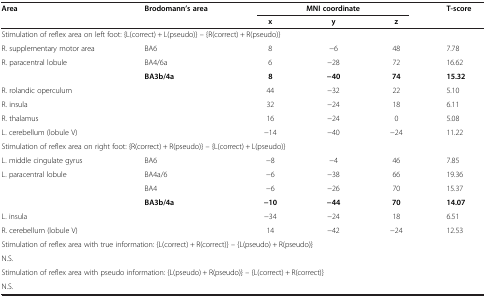
| Area | Brodomann’s area | <COLSPAN=3> MNI coordinate | T-score |
 |  |  | x | y | z |  |
 | --- | --- | --- | --- | --- | --- |
 | <COLSPAN=6> Stimulation of reflex area on left foot: {L(correct) + L(pseudo)} – {R(correct) + R(pseudo)} |
 | R. supplementary motor area | BA6 | 8 | -6 | 48 | 7.78 |
 | R. paracentral lobule | BA4/6a | 6 | -28 | 72 | 16.62 |
 |  | BA3b/4a | 8 | -40 | 74 | 15.32 |
 | R. rolandic operculum |  | 44 | -32 | 22 | 5.10 |
 | R. insula |  | 32 | -24 | 18 | 6.11 |
 | R. thalamus |  | 16 | -24 | 0 | 5.08 |
 | L. cerebellum (lobule V) |  | -14 | -40 | -24 | 11.22 |
 | <COLSPAN=6> Stimulation of reflex area on right foot: {R(correct) + R(pseudo)} – {L(correct) + L(pseudo)} |
 | L. middle cingulate gyrus | BA6 | -8 | -4 | 46 | 7.85 |
 | L. paracentral lobule | BA4a/6 | -6 | -38 | 66 | 19.36 |
 |  | BA4 | -6 | -26 | 70 | 15.37 |
 |  | BA3b/4a | -10 | -44 | 70 | 14.07 |
 | L. insula |  | -34 | -24 | 18 | 6.51 |
 | R. cerebellum (lobule V) |  | 14 | -42 | -24 | 12.53 |
 | <COLSPAN=6> Stimulation of reflex area with true information: {L(correct) + R(correct)} – {L(pseudo) + R(pseudo)} |
 | <COLSPAN=6> N.S. |
 | <COLSPAN=6> Stimulation of reflex area with pseudo information: {L(pseudo) + R(pseudo)} – {L(correct) + R(correct)} |
 | <COLSPAN=6> N.S. |